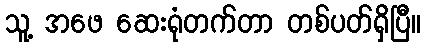
သူ့ အဖေ ဆေးရုံတက်တာ တစ်ပတ်ရှိပြီ။